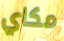
مكاي